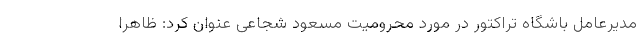
مدیرعامل باشگاه تراکتور در مورد محرومیت مسعود شجاعی عنوان کرد: ظاهراً